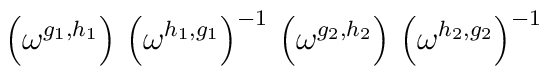
\left( \omega^{g_1, h_1} \right) \,\left( \omega^{h_1, g_1} \right)^{-1} \,\left( \omega^{g_2, h_2} \right) \,\left( \omega^{h_2, g_2} \right)^{-1}